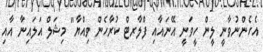
އެހެންނުވާނީ ލީން ހީވަނީ އޭނައާއި ފްލާރޓް ކުރާހެން ވިއްޔާ" މިޝަލް އަލައިނާ އާއި